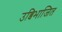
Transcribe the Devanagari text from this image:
उब्विभाजित